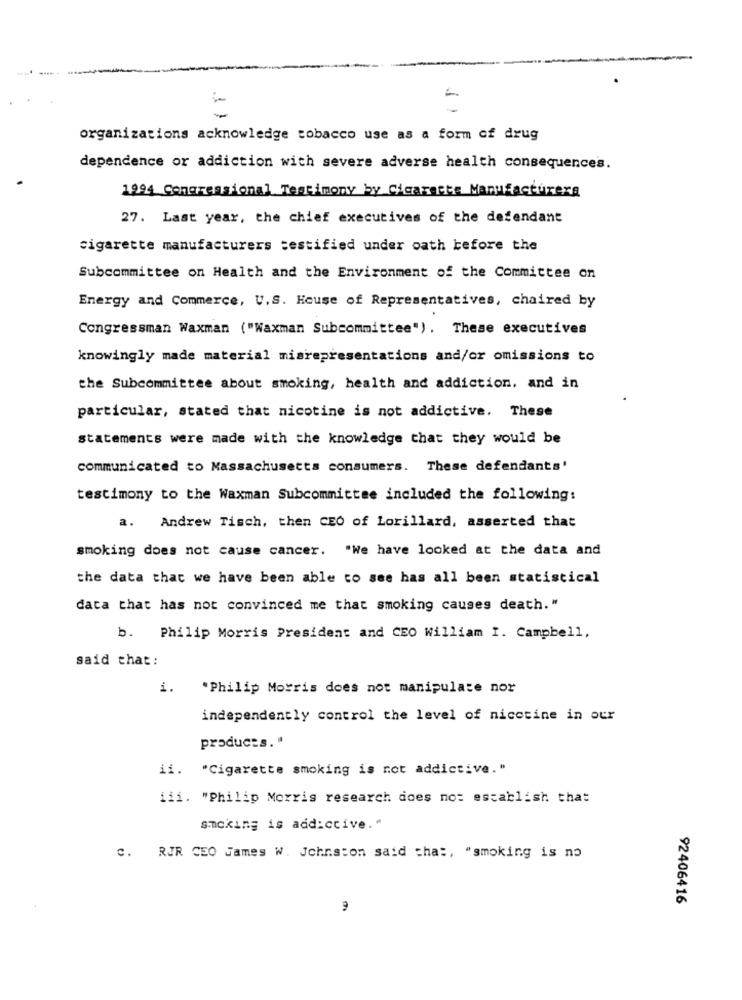
-
organizations acknowledge tobacco use as a form of drug
dependence or addiction with severe adverse health consequences.
1994 Congressional Testimony by Cigarette Manufacturers
27. Last year, the chief executives of the defendant
cigarette manufacturers testified under oath before the
Subcommittee on Health and the Environment of the Committee on
Energy and Commerce, U.S. House of Representatives, chaired by
Congressman Waxman ("Waxman Subcommittee"). These executives
knowingly made material misrepresentations and/or omissions to
the Subcommittee about smoking, health and addiction, and in
particular, stated that nicotine is not addictive. These
Statements were made with the knowledge that they would be
communicated to Massachusetts consumers. These defendants'
testimony to the Waxman Subcommittee included the following:
a. Andrew Tisch, then CEO of Lorillard, asserted that
smoking does not cause cancer. "We have looked at the data and
the data that we have been able to see has all been statistical
data that has not convinced me that smoking causes death."
b. Philip Morris President and CEO William I. Campbell,
said that :
i.
.Philip Morris does not manipulate nor
independently control the level of nicotine in our
products. "
ii.
"Cigarette smoking is not addictive."
iii. "Philip Morris research does not establish that
smoking is addictive."
C. RJR CEO James W. Johnston said that, "smoking is no
92406416
9